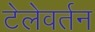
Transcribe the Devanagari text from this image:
टेलेवर्तन